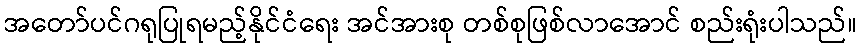
အတော်ပင်ဂရုပြုရမည့်နိုင်ငံရေး အင်အားစု တစ်စုဖြစ်လာအောင် စည်းရုံးပါသည်။